Scientific memoirs by medical officers of the Army of India - Part II,
Year: 1886
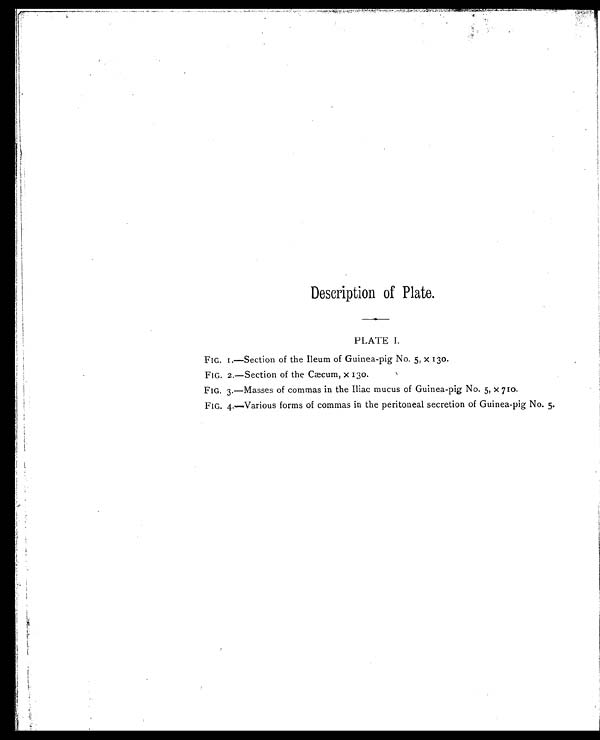
Description of Plate.
PLATE I.
FIG. 1.—Section of the lleum of Guinea-pig No. 5, X 130.
FIG. 2.—Section of the Cæcum, X 130.
FIG. 3.—Masses of commas in the Iliac mucus of Guinea-pig No. 5, X 710.
FIG. 4.—Various forms of commas in the peritoneal secretion of Guinea-pig No. 5.